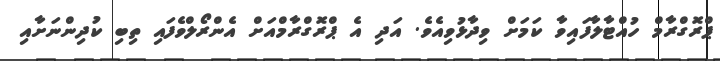
ޕްރޮގްރާމް ހުއްޓާލާފައިވާ ކަމަށް ވިދާޅުވިއެވެ. އަދި އެ ޕްރޮގްރާމްއަށް އެންރޯލްވެފައި ތިބި ކުދިންނަށާއި